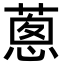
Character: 蔥